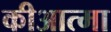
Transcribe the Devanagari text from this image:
कीआत्मा